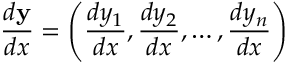
{ \frac { d \mathbf { y } } { d x } } = \left( { \frac { d y _ { 1 } } { d x } } , { \frac { d y _ { 2 } } { d x } } , \ldots , { \frac { d y _ { n } } { d x } } \right)